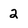
Character: 2